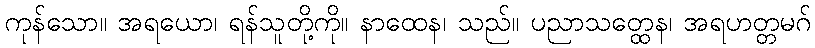
ကုန်သော။ အရယော၊ ရန်သူတို့ကို။ နာထေန၊ သည်။ ပညာသတ္ထေန၊ အရဟတ္တမဂ်